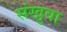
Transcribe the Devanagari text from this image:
संखुवा